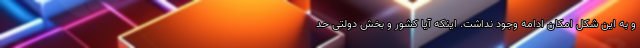
و به این شکل امکان ادامه وجود نداشت. اینکه آیا کشور و بخش دولتی حد